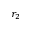
r _ { 2 }